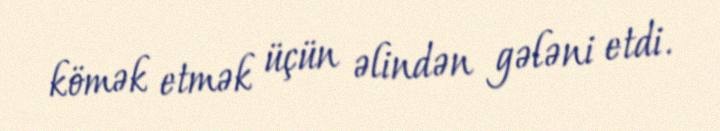
kömək etmək üçün əlindən gələni etdi.